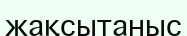
жақсытаныс